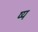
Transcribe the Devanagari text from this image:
ष्य